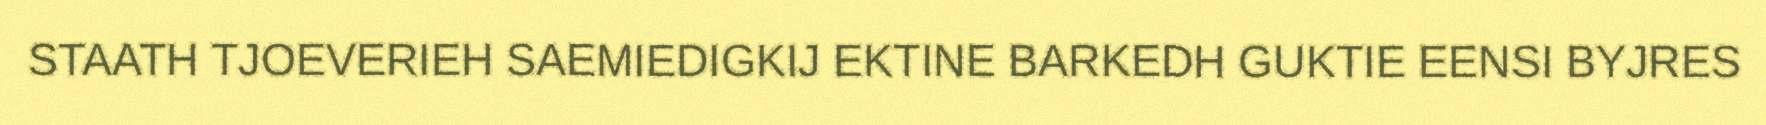
STAATH TJOEVERIEH SAEMIEDIGKIJ EKTINE BARKEDH GUKTIE EENSI BYJRES